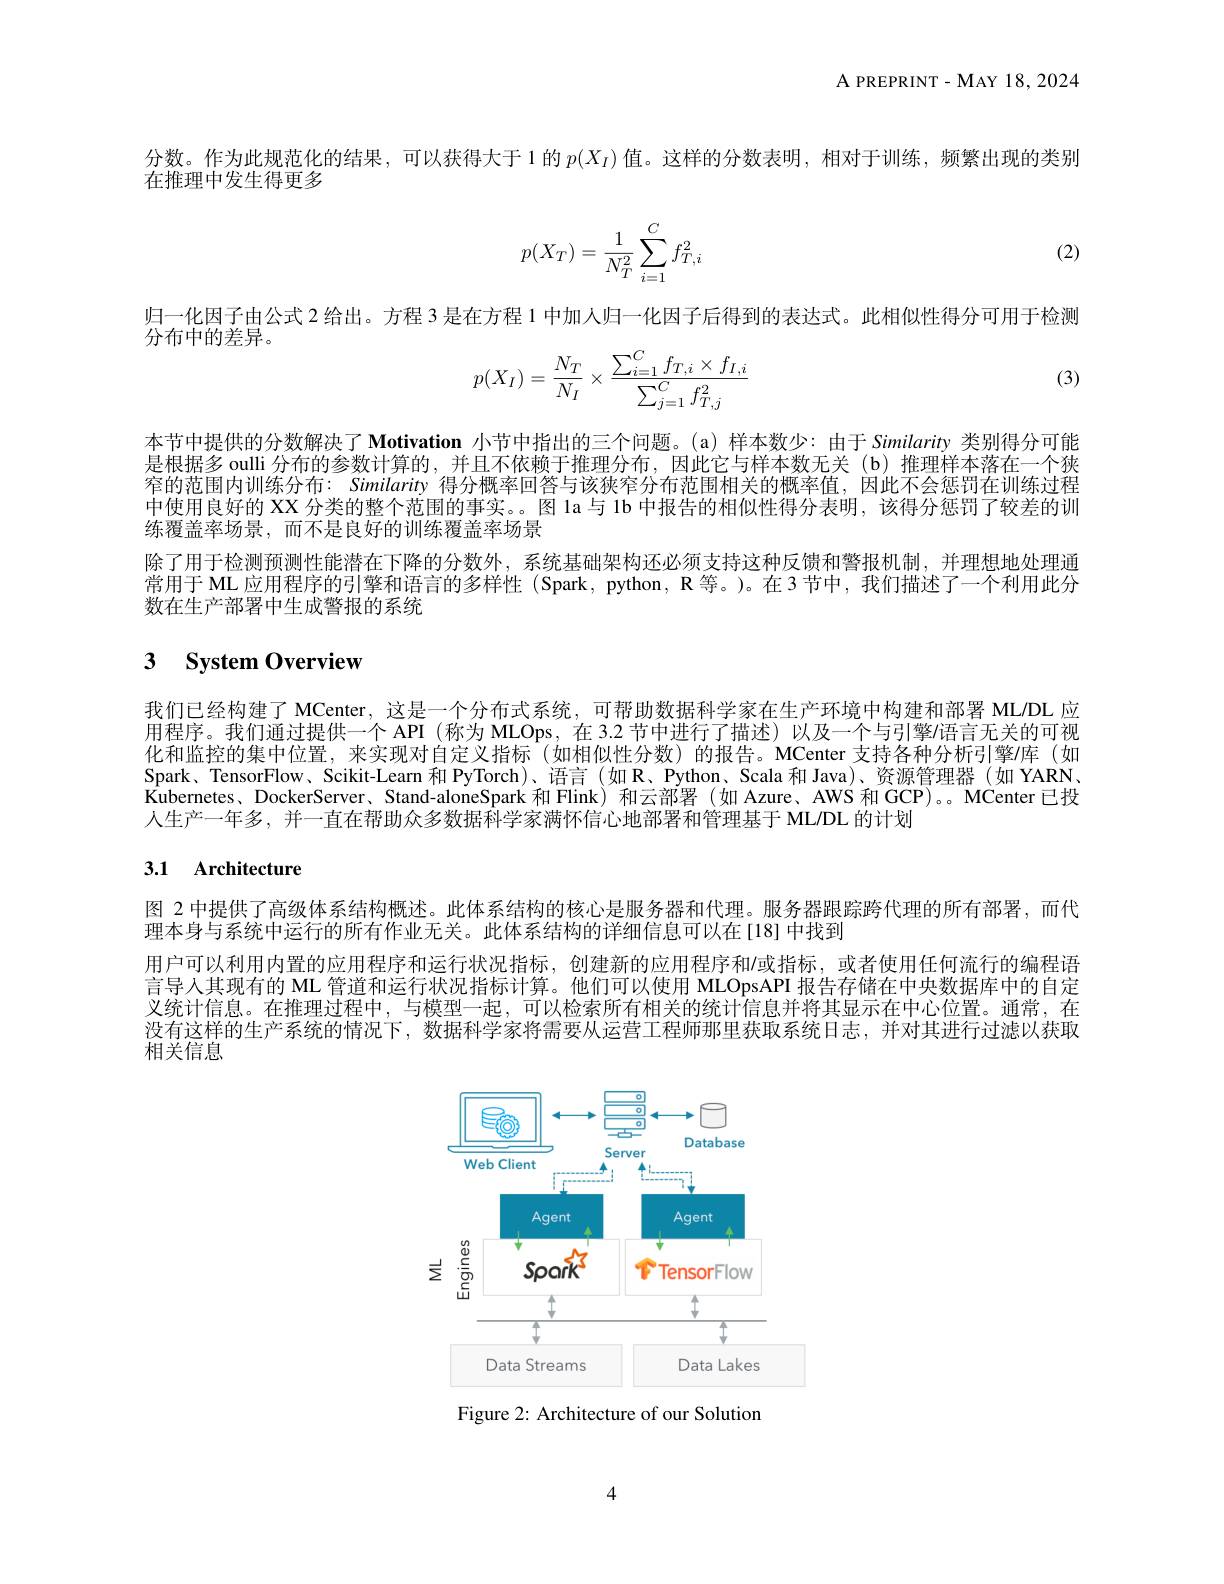
${\mathrm{A~PREPRINT-MAY~18,2024}}$

分数。作为此规范化的结果，可以获得大于1 的$p(X_I)$值。这样的分数表明，相对于训练，频繁出现的类别
在推理中发生得更多

(2)
$$p(X_T)=\frac{1}{N_T^2}\sum_{i=1}^Cf_{T,i}^2$$
归一化因子由公式 2 给出。方程 3 是在方程 1 中加人归一化因子后得到的表达式。此相似性得分可用于检测

分布中的差异。

(3)
$$p(X_I)=\dfrac{N_T}{N_I}\times\dfrac{\sum_{i=1}^Cf_{T,i}\times f_{I,i}}{\sum_{j=1}^Cf_{T,j}^2}$$
本节中提供的分数解决了$\textbf{Motivation 小 节 中 指 出 的 三 个 问 题 。( a) 样 本 数 少 : 由 于 Similarity 类 别 得 分 可 能 }$ 是根据多 oulli 分布的参数计算的，并且不依赖于推理分布，因此它与样本数无关(b)推理样本落在一个狭窄的范围内训练分布：Similarity 得分概率回答与该狭窄分布范围相关的概率值，因此不会惩罚在训练过程中使用良好的 XX 分类的整个范围的事实。。图 la 与 1b 中报告的相似性得分表明，该得分惩罚了较差的训练覆盖率场景，而不是良好的训练覆盖率场景
除了用于检测预测性能潜在下降的分数外，系统基础架构还必须支持这种反馈和警报机制，并理想地处理通常用于 ML 应用程序的引擎和语言的多样性 (Spark, python, R 等。)。在3 节中，我们描述了一个利用此分数在生产部署中生成警报的系统

## 3 $\textbf{System Overview}$

我们已经构建了 MCenter, 这是一个分布式系统，可帮助数据科学家在生产环境中构建和部署 ML/DL 应用程序。我们通过提供一个 API (称为 MLOps,在 3.2 节中进行了描述)以及一个与引擎$\iota$语言无关的可视化和监控的集中位置，来实现对自定义指标 (如相似性分数)的报告。MCenter 支持各种分析引擎/库 (如Spark、TensorFlow、Scikit-Learn 和 PyTorch)、语言(如 R、Python、Scala 和 Java)、资源管理器(如 YARN、 Kubernetes、DockerServer、Stand-aloneSpark 和 Flink) 和云部署 (如 Azure、AWS 和 GCP)。。MCenter 已投人生产一年多，并一直在帮助众多数据科学家满怀信心地部署和管理基于 ML/DL 的计划

# 3.1 Architecture

图 2 中提供了高级体系结构概述。此体系结构的核心是服务器和代理。服务器跟踪跨代理的所有部署，而代
理本身与系统中运行的所有作业无关。此体系结构的详细信息可以在[18]中找到
用户可以利用内置的应用程序和运行状况指标，创建新的应用程序和$\iota$或指标，或者使用任何流行的编程语言导人其现有的 ML 管道和运行状况指标计算。他们可以使用 MLOpsAPI 报告存储在中央数据库中的自定义统计信息。在推理过程中，与模型一起，可以检索所有相关的统计信息并将其显示在中心位置。通常，在没有这样的生产系统的情况下，数据科学家将需要从运营工程师那里获取系统日志，并对其进行过滤以获取相关信息

<FigureHere>

Figure 2: Architecture of our Solution

4